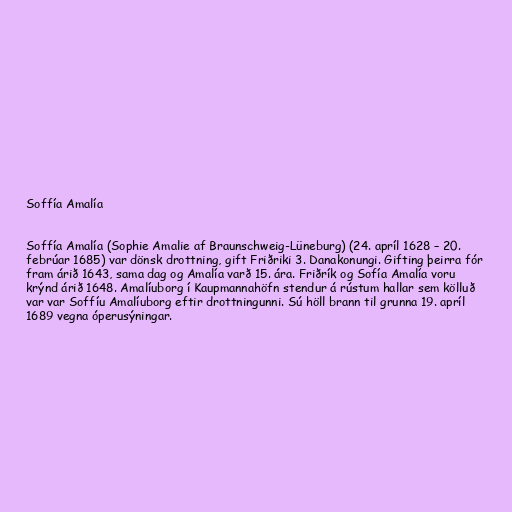
Soffía Amalía

Soffía Amalía (Sophie Amalie af Braunschweig-Lüneburg) (24. apríl 1628 – 20.
febrúar 1685) var dönsk drottning, gift Friðriki 3. Danakonungi. Gifting þeirra fór
fram árið 1643, sama dag og Amalía varð 15. ára. Friðrík og Sofía Amalía voru
krýnd árið 1648. Amalíuborg í Kaupmannahöfn stendur á rústum hallar sem kölluð
var var Soffíu Amalíuborg eftir drottningunni. Sú höll brann til grunna 19. apríl
1689 vegna óperusýningar.